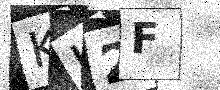
Text: KJ2F